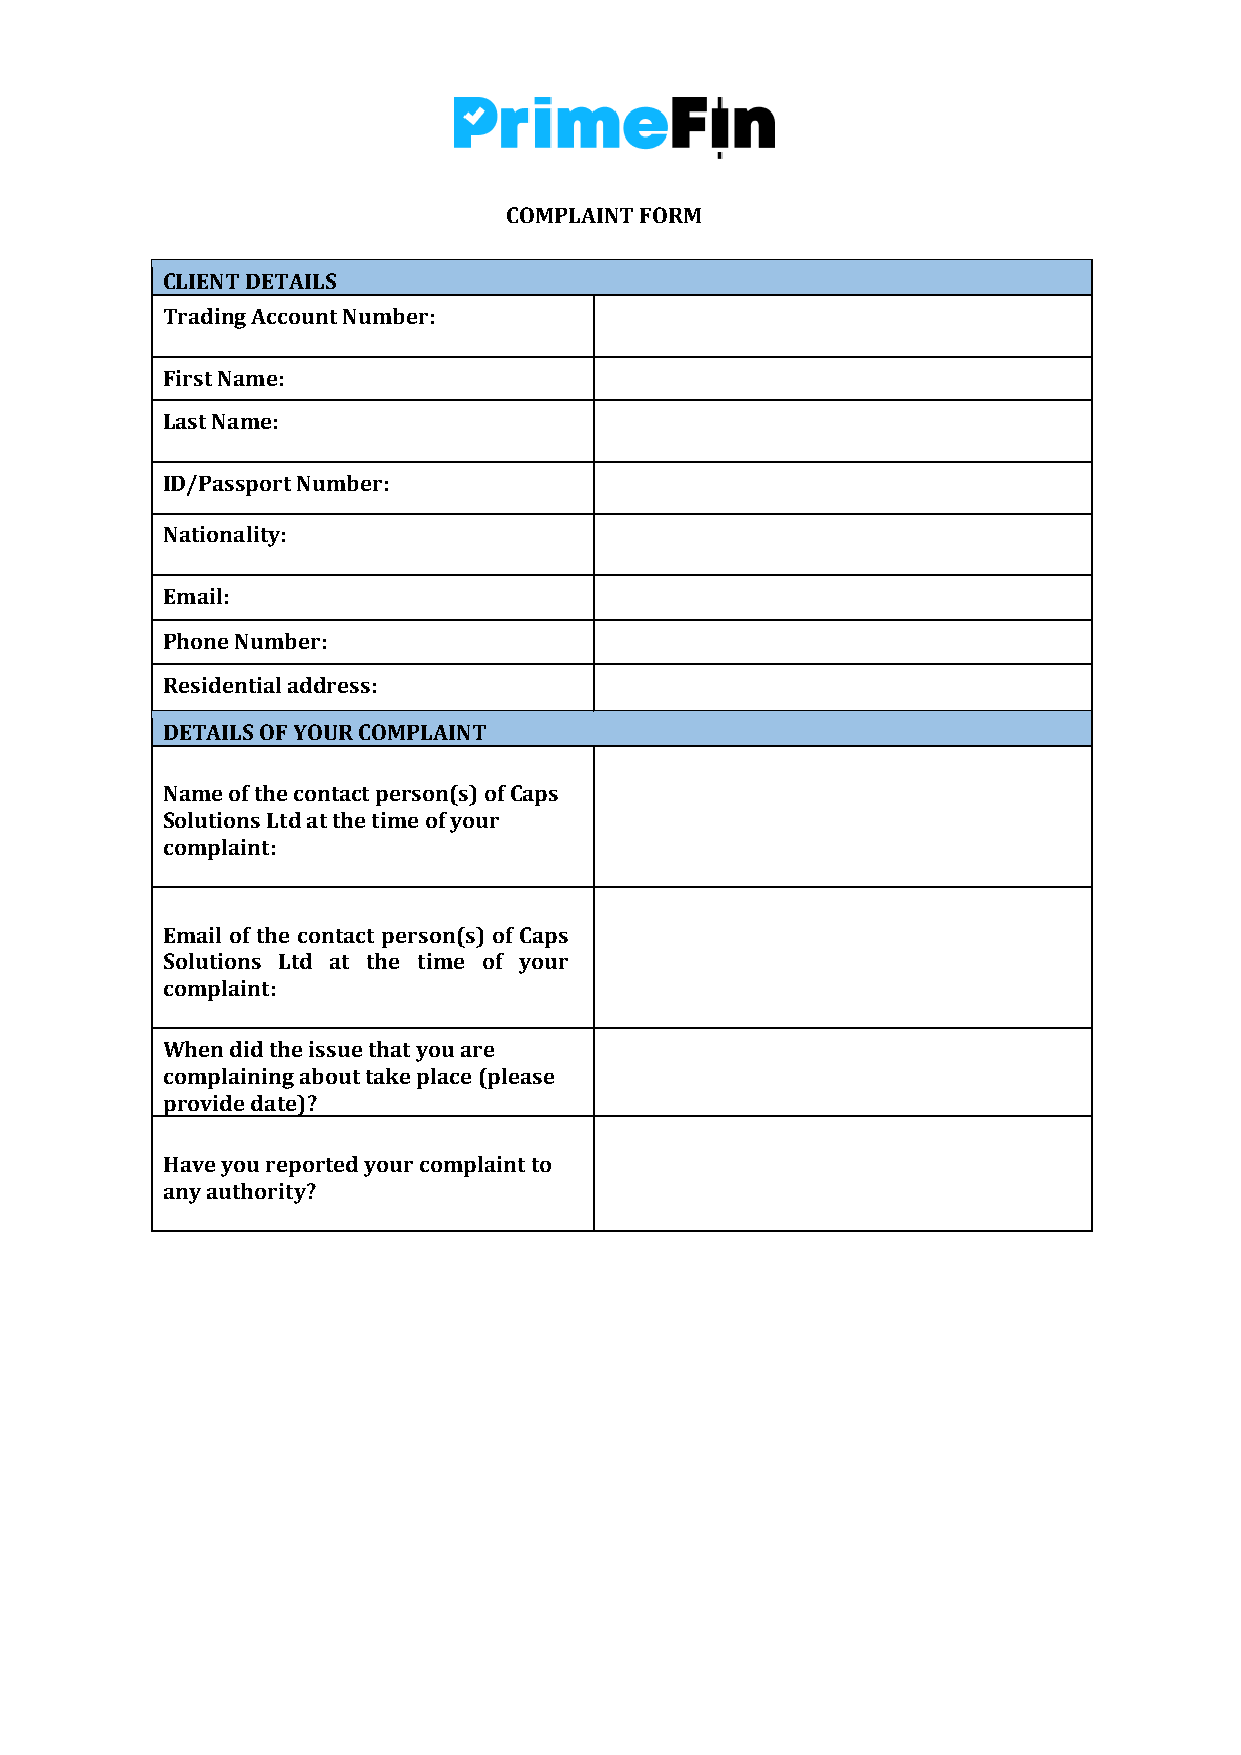
COMPLAINT FORM
 CLIENT DETAILS
 Trading Account Number:
 First Name:
 Last Name:
 ID/Passport Number:
 Nationality:
 Email:
 Phone Number:
 Residential address:
 DETAILS OF YOUR COMPLAINT
 Name of the contact person(s) of Caps
 Solutions Ltd at the time of your
 complaint:
 Email of the contact person(s) of Caps
 Solutions Ltd at the time of your
 complaint:
 When did the issue that you are
 complaining about take place (please
 provide date)?
 Have you reported your complaint to
 any authority?